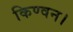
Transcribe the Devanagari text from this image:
किण्वन।